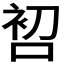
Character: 𱓑